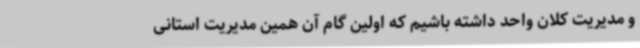
و مدیریت کلان واحد داشته باشیم که اولین گام آن همین مدیریت استانی